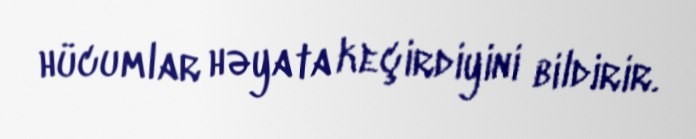
hücumlar həyata keçirdiyini bildirir.